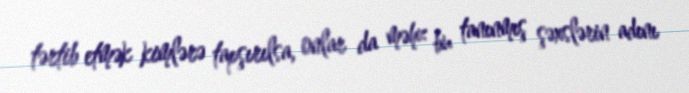
tərtib etmək kimlərə tapşırılsa, onlar da məhz bu tanınmış şəxslərin adını